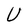
Character: U